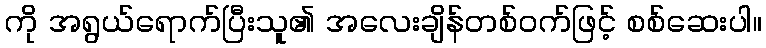
ကို အရွယ်ရောက်ပြီးသူ၏ အလေးချိန်တစ်ဝက်ဖြင့် စစ်ဆေးပါ။